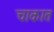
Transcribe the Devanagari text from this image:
चाकात